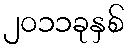
၂၀၁၁ခုနှစ်